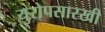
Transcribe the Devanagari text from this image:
युरोपसारखी